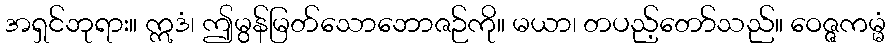
အရှင်ဘုရား။ ဣဒံ၊ ဤမွန်မြတ်သောဘောဇဉ်ကို။ မယာ၊ တပည့်တော်သည်။ ဝေဇ္ဇကမ္မံ